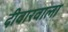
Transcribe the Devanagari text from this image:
दीवारवाला